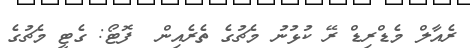
ރެއާލް މެޑްރިޑް ރޭ ކުޅުނު މެޗުގެ ތެރެއިން  ފޮޓޯ: ގެޓީ މެޗުގެ